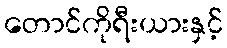
တောင်ကိုရီးယားနှင့်